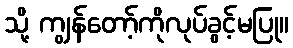
သို့ ကျွန်တော့်ကိုလုပ်ခွင့်မပြု။